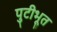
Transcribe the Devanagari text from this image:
पुटीभूत